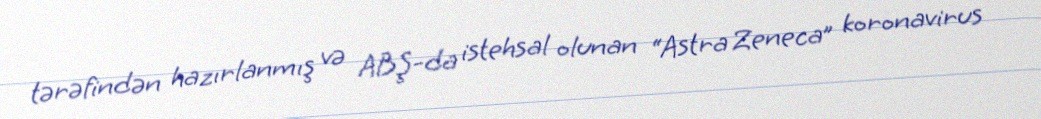
tərəfindən hazırlanmış və ABŞ-da istehsal olunan “Astra Zeneca” koronavirus